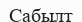
Сабылт